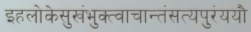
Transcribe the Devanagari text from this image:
इहलोकेसुखंभुक्त्वाचान्तंसत्यपुरंययौ